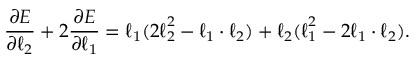
\frac { \partial E } { \partial { \boldsymbol { \ell } _ { 2 } } } + 2 \frac { \partial E } { \partial { \boldsymbol { \ell } _ { 1 } } } = \boldsymbol { \ell } _ { 1 } ( 2 \boldsymbol { \ell } _ { 2 } ^ { 2 } - \boldsymbol { \ell } _ { 1 } \cdot \boldsymbol { \ell } _ { 2 } ) + \boldsymbol { \ell } _ { 2 } ( \boldsymbol { \ell } _ { 1 } ^ { 2 } - 2 \boldsymbol { \ell } _ { 1 } \cdot \boldsymbol { \ell } _ { 2 } ) .